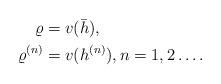
LaTeX: \begin{align*}\varrho &= v(\bar{h}),\\\varrho^{(n)} &= v(h^{(n)}),n=1,2\dots.\end{align*}